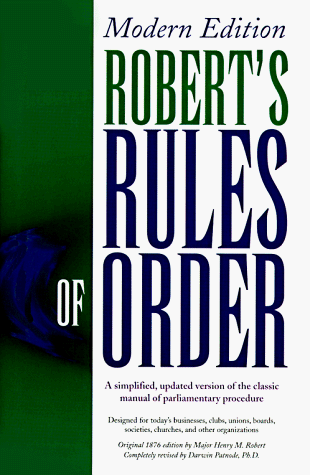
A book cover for Robert's Rules of Order: Modern Edition; Henry M. Robert; Reference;